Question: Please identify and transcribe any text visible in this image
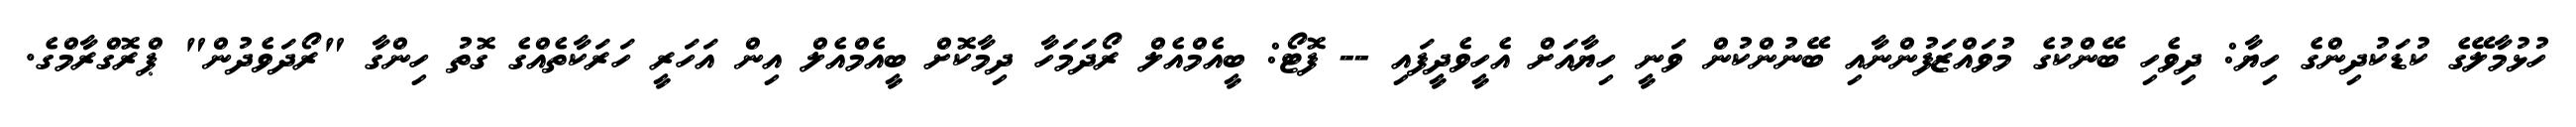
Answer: ހުޅުމާލޭގެ ކުޑަކުދިންގެ ހިޔާ: ދިވެހި ބޭންކުގެ މުވައްޒަފުންނާއި ބޭނުންކުން ވަނީ ހިޔާއަށް އެހީވެދީފައި -- ފޮޓޯ: ބީއެމްއެލް ރޯދަމަހާ ދިމާކޮށް ބީއެމްއެލް އިން އަހަރީ ހަރަކާތެއްގެ ގޮތު ހިންގާ "ރޯދަވެދުން" ޕްރޮގްރާމްގެ.